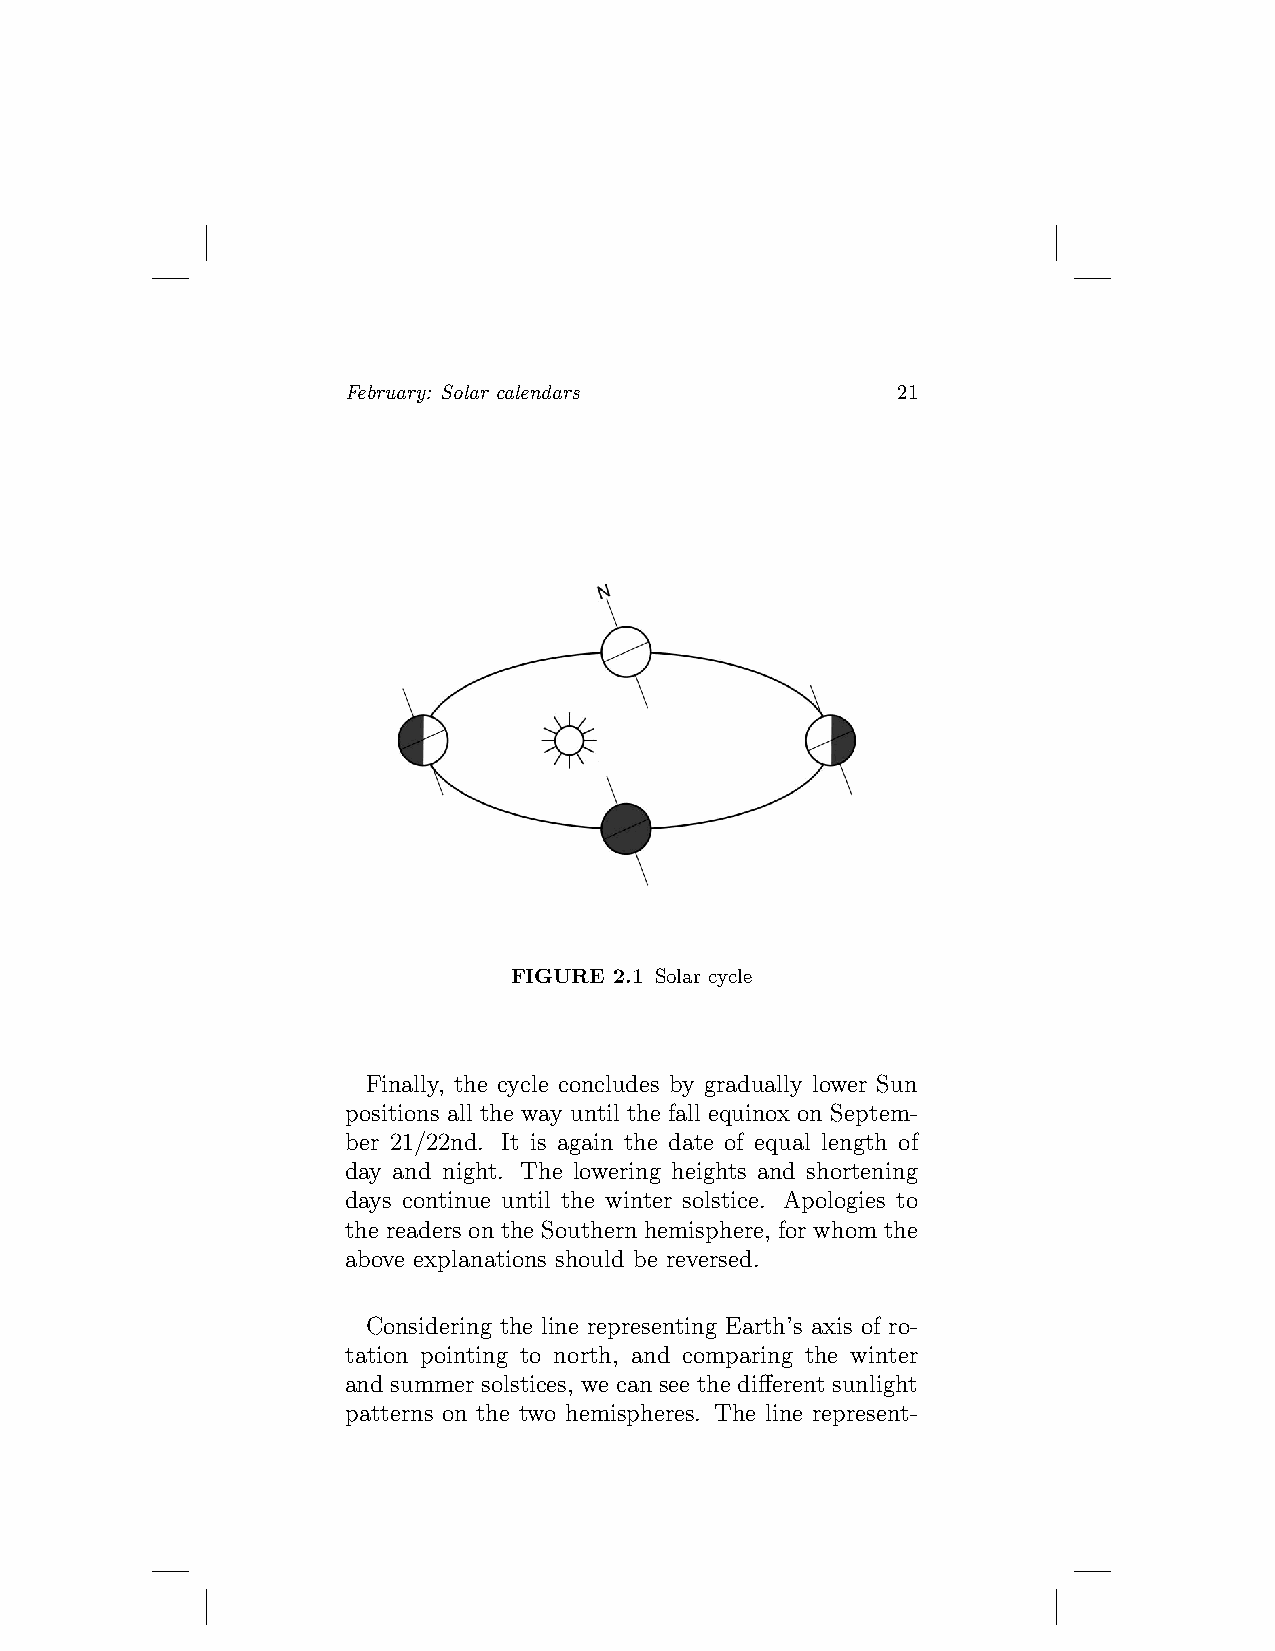
February: Solar calendars           21
 FIGURE 2.1 Solar cycle
 Finally, the cycle concludes by gradually lower Sun
 positions all the way until the fall equinox on Septem-
 ber 21/22nd. It is again the date of equal length of
 day and night. The lowering heights and shortening
 days continue until the winter solstice. Apologies to
 the readers on the Southern hemisphere, for whom the
 above explanations should be reversed.
 Considering the line representing Earth’s axis of ro-
 tation pointing to north, and comparing the winter
 and summer solstices, we can see the different sunlight
 patterns on the two hemispheres. The line represent-